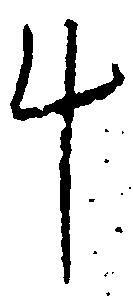
斗